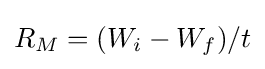
R_{M}=(W_{i}-W_{f})/t